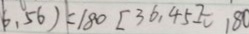
6 , 5 6 ) = 1 8 0 [ 3 6 , 4 5 ] = 1 8 0